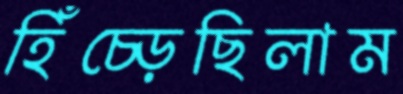
হিঁচ্‌ড়েছিলাম